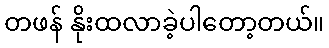
တဖန် နိုးထလာခဲ့ပါတော့တယ်။